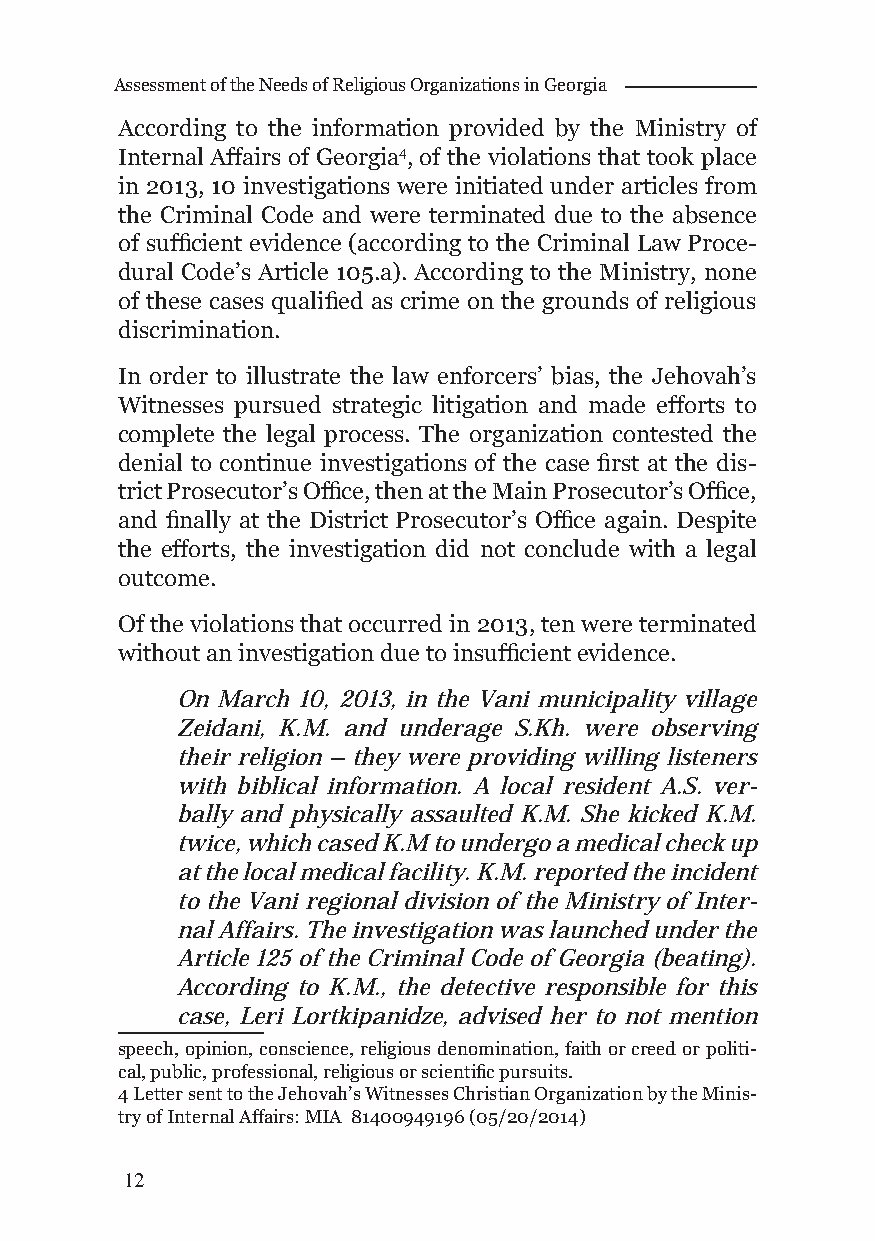
Assessment of the Needs of Religious Organizations in Georgia
 According to the information provided by the Ministry of
 Internal Affairs of Georgia4, of the violations that took place
 in 2013, 10 investigations were initiated under articles from
 the Criminal Code and were terminated due to the absence
 of suffi cient evidence (according to the Criminal Law Proce-
 dural Code’s Article 105.a). According to the Ministry, none
 of these cases qualifi ed as crime on the grounds of religious
 discrimination.
 In order to illustrate the law enforcers’ bias, the Jehovah’s
 Witnesses pursued strategic litigation and made efforts to
 complete the legal process. The organization contested the
 denial to continue investigations of the case fi rst at the dis-
 trict Prosecutor’s Offi ce, then at the Main Prosecutor’s Offi ce,
 and fi nally at the District Prosecutor’s Offi ce again. Despite
 the efforts, the investigation did not conclude with a legal
 outcome.
 Of the violations that occurred in 2013, ten were terminated
 without an investigation due to insuffi cient evidence.
 On March 10, 2013, in the Vani municipality village
 Zeidani, K.M. and underage S.Kh. were observing
 their religion – they were providing willing listeners
 with biblical information. A local resident A.S. ver-
 bally and physically assaulted K.M. She kicked K.M.
 twice, which cased K.M to undergo a medical check up
 at the local medical facility. K.M. reported the incident
 to the Vani regional division of the Ministry of Inter-
 nal Affairs. The investigation was launched under the
 Article 125 of the Criminal Code of Georgia (beating).
 According to K.M., the detective responsible for this
 case, Leri Lortkipanidze, advised her to not mention
 speech, opinion, conscience, religious denomination, faith or creed or politi-
 cal, public, professional, religious or scientifi c pursuits.
 4 Letter sent to the Jehovah’s Witnesses Christian Organization by the Minis-
 try of Internal Affairs: MIA 81400949196 (05/20/2014)
 12